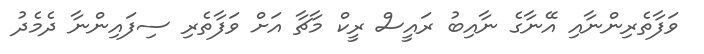
ވަފާތެރިންނާއި އޭނާގެ ނާއިބު ރައީސް ރީކް މާޗާ އަށް ވަފާތެރި ސިފައިންނާ ދެމެދު